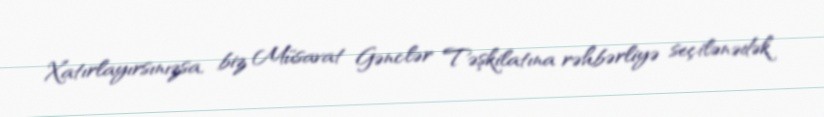
Xatırlayırsınızsa, biz Müsavat Gənclər Təşkilatına rəhbərliyə seçilənədək